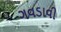
ગવડાવી